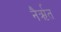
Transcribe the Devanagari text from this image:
नैर्ऋत